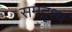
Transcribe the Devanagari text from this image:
समदृश्य